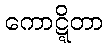
ကောဋ္ဋိတာ